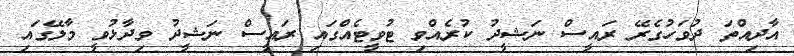
އާދިއްތަ ދުވަހުގެރޭ ރައީސް ނަޝީދު ކުރެއްވި ޓުވީޓެއްގައި ރައީސް ނަޝީދު ވިދާޅުވީ މާލޭގައި